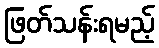
ဖြတ်သန်းရမည့်